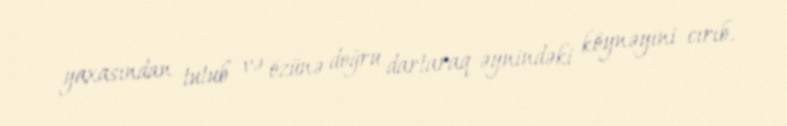
yaxasından tutub və özünə doğru dartaraq əynindəki köynəyini cırıb.